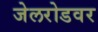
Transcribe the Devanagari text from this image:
जेलरोडवर